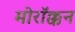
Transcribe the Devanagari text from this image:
मोरॉक्कन